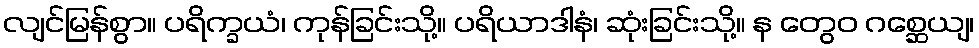
လျင်မြန်စွာ။ ပရိက္ခယံ၊ ကုန်ခြင်းသို့။ ပရိယာဒါနံ၊ ဆုံးခြင်းသို့။ န တွေဝ ဂစ္ဆေယျ၊